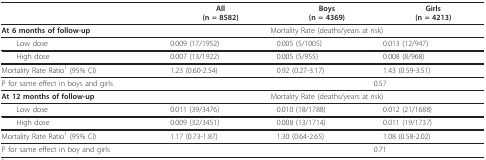
<table><thead><tr><td></td><td><b>All(n = 8582)</b></td><td><b>Boys(n = 4369)</b></td><td><b>Girls(n = 4213)</b></td></tr></thead><tbody><tr><td><b>At 6 months of follow-up</b></td><td colspan="3">Mortality Rate (deaths/years at risk)</td></tr><tr><td> Low dose</td><td>0.009 (17/1952)</td><td>0.005 (5/1005)</td><td>0.013 (12/947)</td></tr><tr><td> High dose</td><td>0.007 (13/1922)</td><td>0.005 (5/955)</td><td>0.008 (8/968)</td></tr><tr><td>Mortality Rate Ratio<sup>1 </sup>(95% CI)</td><td>1.23 (0.60-2.54)</td><td>0.92 (0.27-3.17)</td><td>1.43 (0.59-3.51)</td></tr><tr><td>P for same effect in boys and girls</td><td></td><td colspan="2">0.57</td></tr><tr><td><b>At 12 months of follow-up</b></td><td colspan="3">Mortality Rate (deaths/years at risk)</td></tr><tr><td> Low dose</td><td>0.011 (39/3476)</td><td>0.010 (18/1788)</td><td>0.012 (21/1688)</td></tr><tr><td> High dose</td><td>0.009 (32/3451)</td><td>0.008 (13/1714)</td><td>0.011 (19/1737)</td></tr><tr><td>Mortality Rate Ratio<sup>1 </sup>(95% CI)</td><td>1.17 (0.73-1.87)</td><td>1.30 (0.64-2.65)</td><td>1.08 (0.58-2.02)</td></tr><tr><td>P for same effect in boy and girls</td><td></td><td colspan="2">0.71</td></tr></tbody></table>